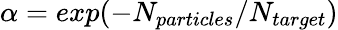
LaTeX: \alpha=exp(-N_{particles}/N_{target})